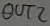
Text: OUT2